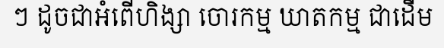
ៗ ដូចជាអំពើហិង្សា ចោរកម្ម ឃាតកម្ម ជាដើម